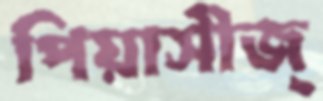
পিয়াসীজ্